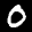
Label: 0